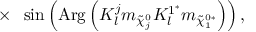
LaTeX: ~ ~ ~ ~ ~ ~ ~ ~ ~ ~ \times ~ \sin \left( \mathrm { A r g } \left( K _ { l } ^ { j } m _ { \tilde { \chi } _ { j } ^ { 0 } } K _ { l } ^ { 1 ^ { * } } m _ { \tilde { \chi } _ { 1 } ^ { 0 * } } \right) \right) ,